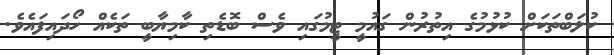
ކުލަބްތަކަށް ކުޅުމުގެ އިތުރުން ގައުމީ ޓީމުގައި ވެސް ބޮޑެތި ކާމިޔާބީ ތަކެއް ހޯދައިފައެވެ.